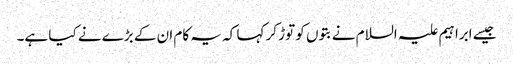
جیسے ابراہیم علیہ السلام نےبتوں کو توڑ کر کہا کہ یہ کام ان کے بڑے نے کیا ہے۔